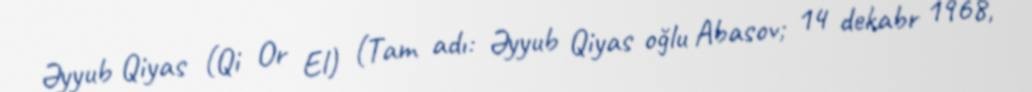
Əyyub Qiyas (Qi Or El) (Tam adı: Əyyub Qiyas oğlu Abasov; 14 dekabr 1968,